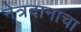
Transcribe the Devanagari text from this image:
नेत्रदानाचा